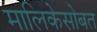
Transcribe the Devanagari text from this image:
मालिकेसोबत